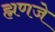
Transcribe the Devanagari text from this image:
ह्मणजे